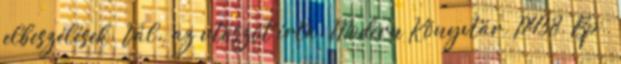
elbeszélések. Vál., az utószót írta. Modern Könyvtár. P438. Bp.,